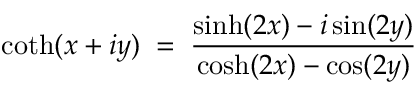
\coth ( x + i y ) \; = \; \frac { \sinh ( 2 x ) - i \sin ( 2 y ) } { \cosh ( 2 x ) - \cos ( 2 y ) }